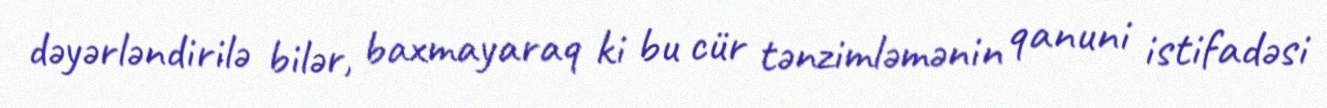
dəyərləndirilə bilər, baxmayaraq ki bu cür tənzimləmənin qanuni istifadəsi